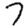
Digit: 7